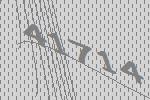
41714